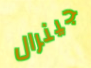
جينرال